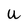
Character: U